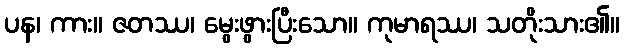
ပန၊ ကား။ ဇတဿ၊ မွေးဖွားပြီးသော။ ကုမာရဿ၊ သတိုးသား၏။